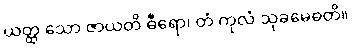
ယတ္ထ သော ဇာယတိ ဓီရော၊ တံ ကုလံ သုခမေဓတိ။